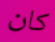
كان